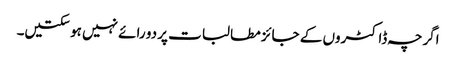
اگرچہ ڈاکٹروں کے جائز مطالبات پر دو رائے نہیں ہو سکتیں۔